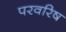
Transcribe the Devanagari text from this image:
परवरिष